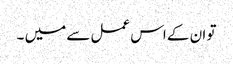
تو ان کے اس عمل سے میں ۔